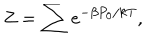
LaTeX: Z = \sum e ^ { - \beta P _ { 0 } / k T } ,